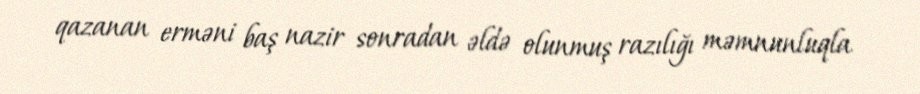
qazanan erməni baş nazir sonradan əldə olunmuş razılığı məmnunluqla